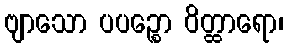
ဗျာသော ပပဉ္စော ဝိတ္ထာရော၊